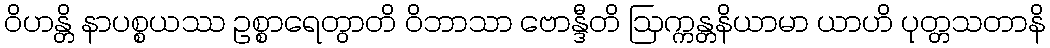
ဝိဟန္တိ နာပစ္စယဿ ဥစ္စာရေတွာတိ ဝိဘာသာ ဗောန္ဒီတိ ဩက္ကန္တနိယာမာ ယာဟိ ပုတ္တသတာနိ